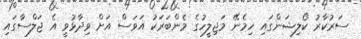
ސަރުކާރު ކޯލިޝަންގައި ހިމެނޭ މަޖިލީހުގެ މެންބަރަކު އަވަސް އަށް ވިދާޅުވީ އެ ޖަލްސާގައި